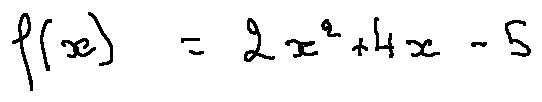
f ( x ) = 2 x ^ { 2 } + 4 x - 5